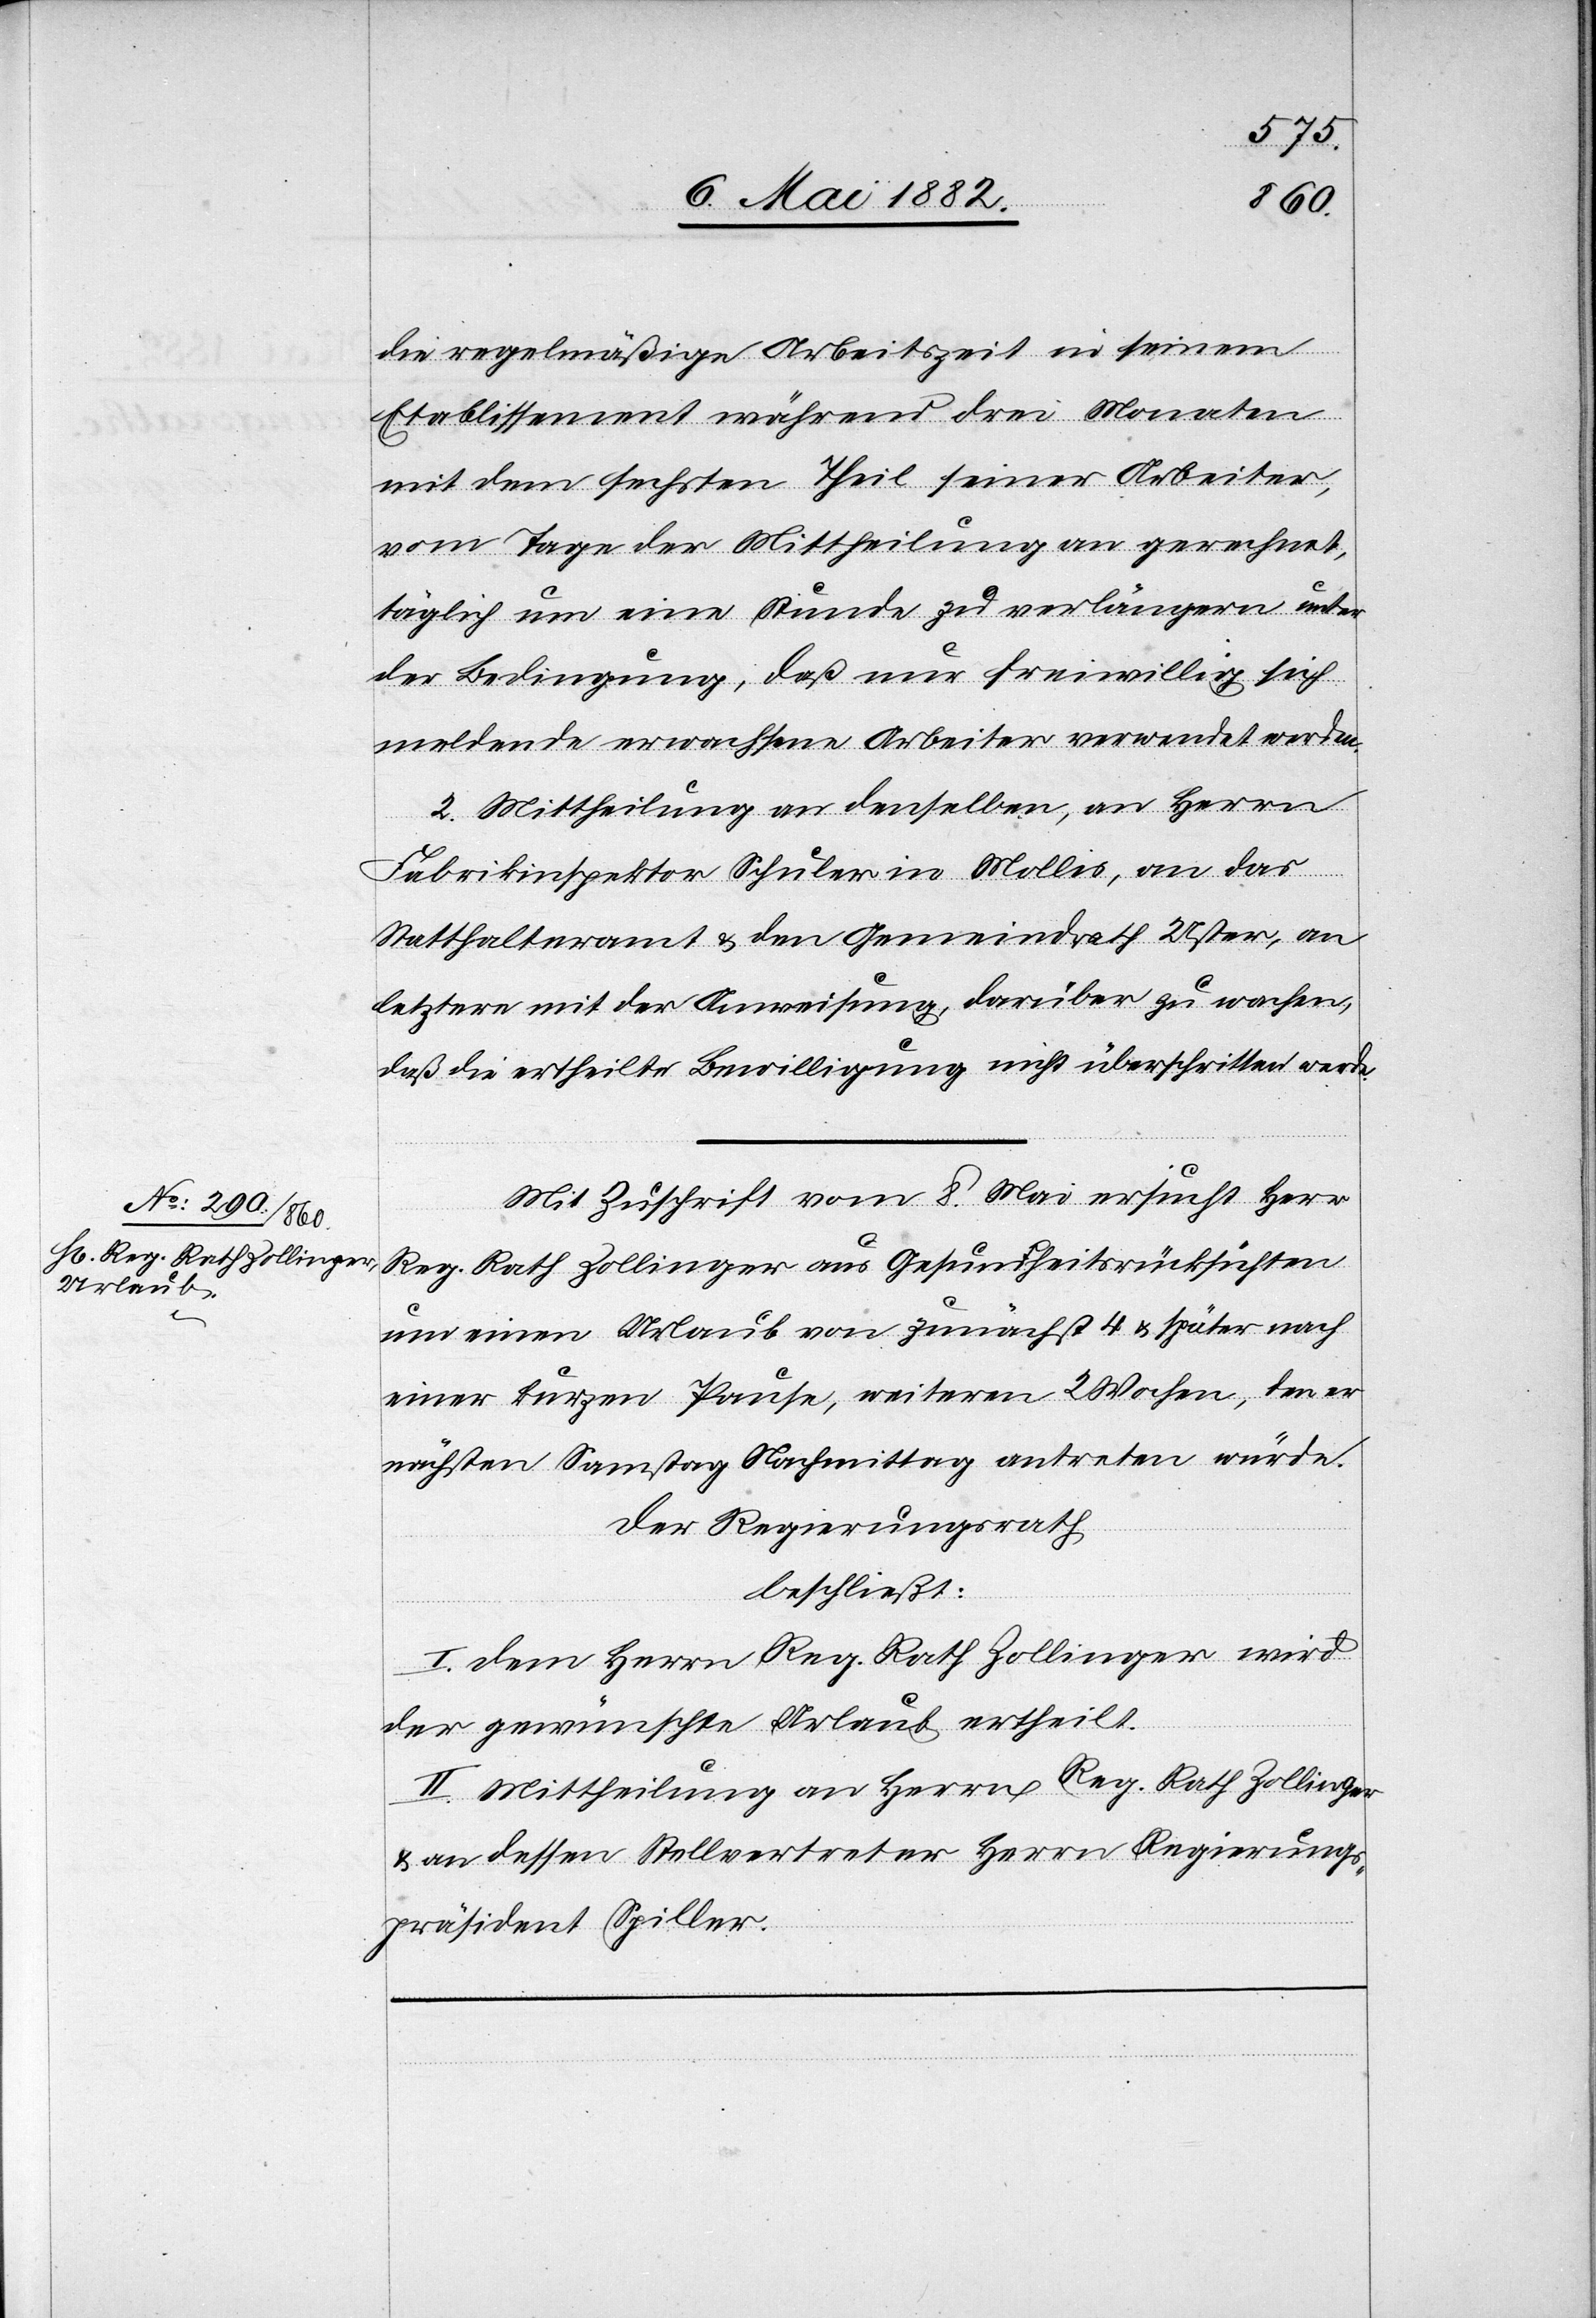
8. Mai 1882.]
die regelmäßige Arbeitszeit in seinem
Etablissement während drei Monaten
mit dem sechsten Theil seiner Arbeiter,
vom Tage der Mittheilung an gerechnet,
täglich um eine Stunde zu verlängern unter
der Bedingung, daß nur freiwillig sich
meldende erwachsene Arbeiter verwendet werden.
2. Mittheilung an denselben, an Herrn
Fabrikinspektor Schuler in Mollis, an das
Statthalteramt & und Gemeindrath Uster, an
letztere mit der Anweisung, darüber zu wachen,
daß die ertheilte Bewilligung nicht überschritten werde.
Mit Zuschrift vom 8. Mai ersucht Herr
Reg. Rath Zollinger aus Gesundheitsrücksichten
um einen Urlaub von zunächst 4 & später nach
einer kurzen Pause, weitern 2 Wochen, den er
nächsten Samstag Nachmittag antreten würde.
Der Regierungsrath
beschließt:
I. Dem Herrn Reg. Rath Zollinger wird
der gewünschte Urlaub ertheilt.
II. Mittheilung an Herrn Reg. Rath Zollinger
& an dessen Stellvertreter Herrn Regierungs¬
präsident Spiller.